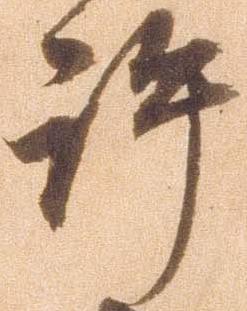
許